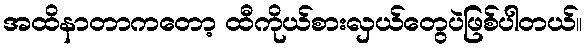
အထိနာတာကတော့ ထီကိုယ်စားလှယ်တွေပဲဖြစ်ပါတယ်။